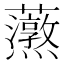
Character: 𧅐